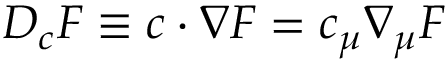
D _ { c } F \equiv c \cdot \nabla F = c _ { \mu } \nabla _ { \mu } F